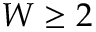
W \geq 2